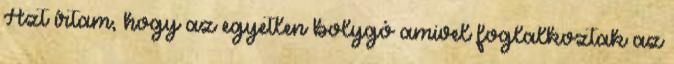
Azt írtam, hogy az egyetlen bolygó amivel foglalkoztak az